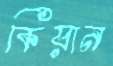
কিয়ান